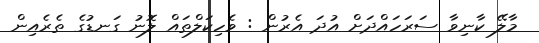
މާލޭ ކާނިވާ ސަރަހައްދަށް އުދަ އެރުން : ވެހިކަލްތައް ލޮނު ގަނޑުގެ ތެރެއިން